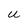
Character: U